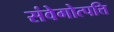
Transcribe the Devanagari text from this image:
संवेगोत्पत्ति